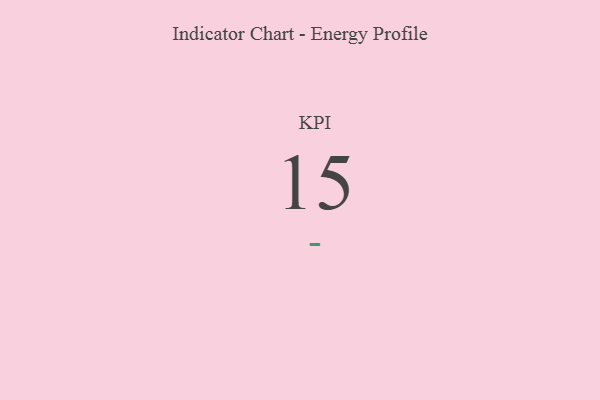
{"axis": {"x": "KPI", "y": "Value"}, "legend": [""], "data": [{"x": "KPI", "y": 15, "type": ""}]}